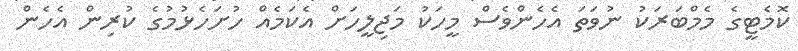
ކޮމެޓީގެ މެމްބަރަކު ނުވަތަ އެހެންވެސް މީހަކު މަޖިލީހަށް އެކަމެއް ހުށަހެޅުމުގެ ކުރިން އެހެން